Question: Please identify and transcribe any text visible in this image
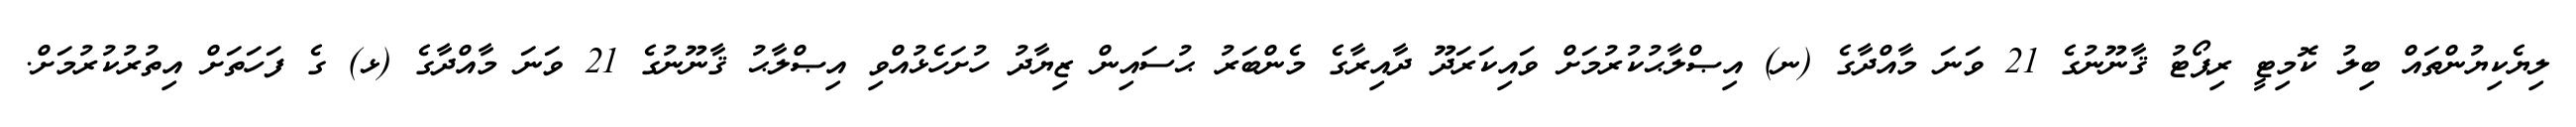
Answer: ލިޔެކިޔުންތައް ބިލު ކޮމިޓީ ރިޕޯޓު ޤާނޫނުގެ 21 ވަނަ މާއްދާގެ (ނ) އިޞްލާޙުކުރުމަށް ވައިކަރަދޫ ދާއިރާގެ މެންބަރު ޙުސައިން ޒިޔާދު ހުށަހެޅުއްވި އިޞްލާޙު ޤާނޫނުގެ 21 ވަނަ މާއްދާގެ (ޅ) ގެ ފަހަތަށް އިތުރުކުރުމަށް.